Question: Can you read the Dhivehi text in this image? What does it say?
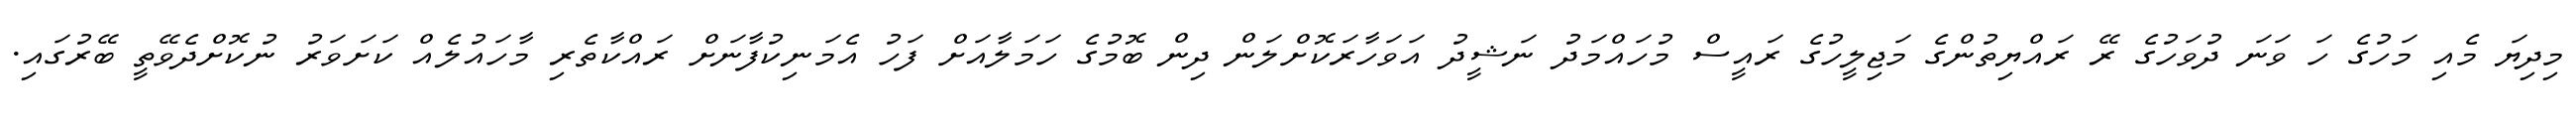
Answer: މިދިޔަ މެއި މަހުގެ ހަ ވަނަ ދުވަހުގެ ރޭ ރައްޔިތުންގެ މަޖިލީހުގެ ރައީސް މުހައްމަދު ނަޝީދު އަވަހާރަކޮށްލަން ދިން ބޮމުގެ ހަމަލާއަށް ފަހު އެމަނިކުފާނަށް ރައްކާތެރި މާހައުލެއް ކަށަވަރު ނުކޮށްދެވޭތީ ބޭރުގައި.